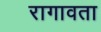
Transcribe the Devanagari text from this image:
रागावता